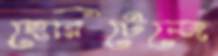
হেরিটেজে